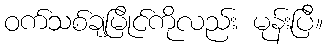
ဝက်သစ်ချမြိုင်ကိုလည်း မုန်းပြီ။